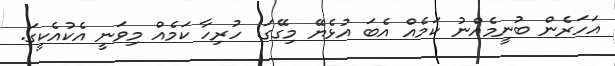
އަހަރެން ބުނީމެއްނު ކަމެއް އެބަ އުޅެޔޭ މިގޭގަ. ހުރިހާ ކަމެއް މިވަނީ އެކުއެކީގަ.